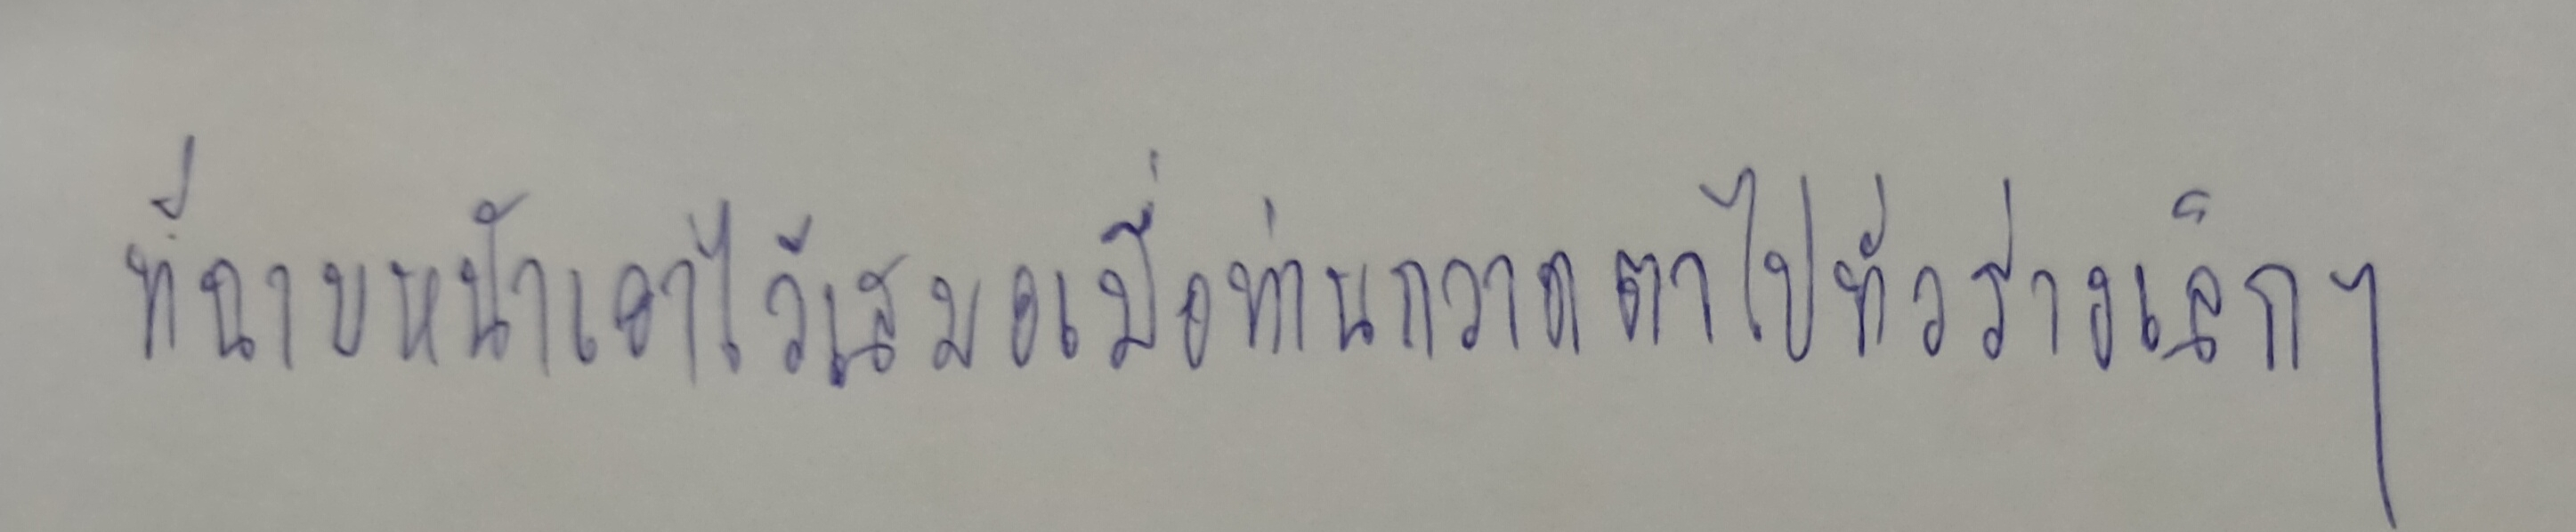
ที่ฉาบหน้าเอาไว้เสมอเมื่อท่านกวาดตาไปทั่วร่างเล็กๆ